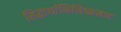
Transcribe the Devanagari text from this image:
सिद्धार्थाभिनिष्क्रमण